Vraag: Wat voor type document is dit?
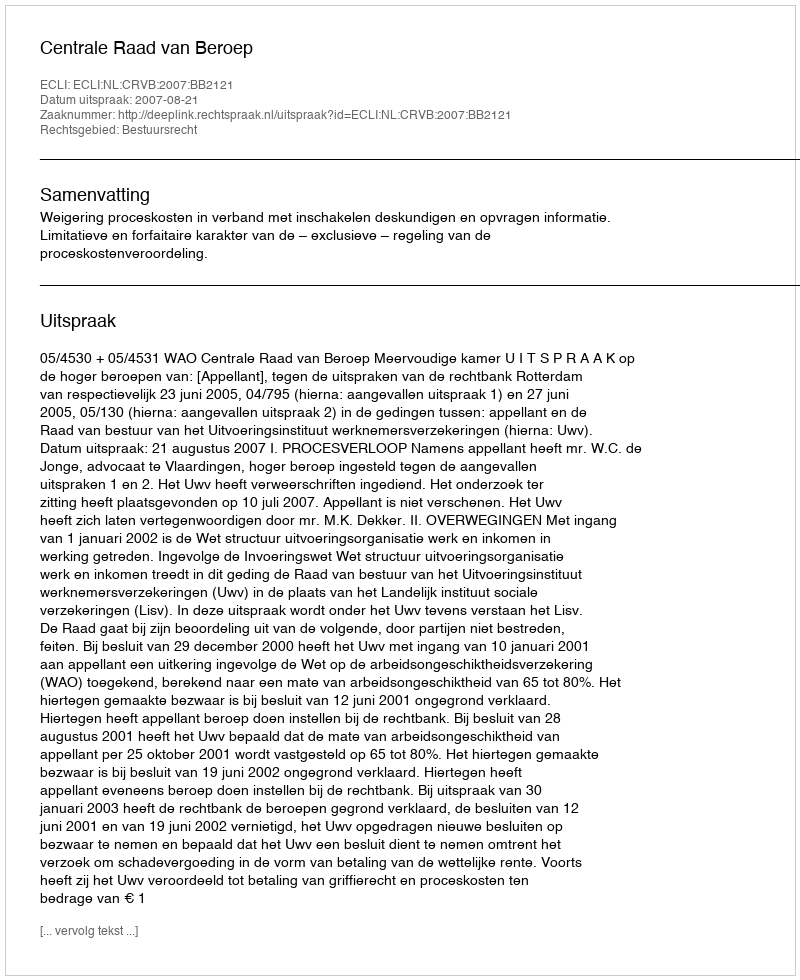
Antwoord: Uitspraak